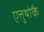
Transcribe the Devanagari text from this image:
एत्तुथोकै